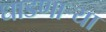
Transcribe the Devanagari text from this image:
धाडणार्‍या